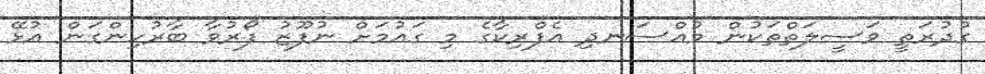
ގުދުރަތީ ވަސީލަތްތަކުން މުއްސަނދި އެފްރިކާގެ މި ގައުމަށް ނުފޫޒު ފޯރުވާ ބާރުހިންގަން އުޅޭ